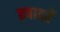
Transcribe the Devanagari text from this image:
इबादतें